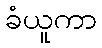
ခံယူကာ